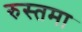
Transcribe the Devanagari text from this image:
रुस्तमा